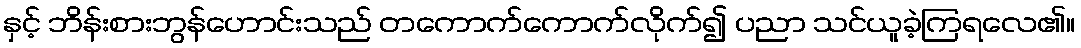
နှင့် ဘိန်းစားဘွန်ဟောင်းသည် တကောက်ကောက်လိုက်၍ ပညာ သင်ယူခဲ့ကြရလေ၏။